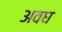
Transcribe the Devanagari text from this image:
अवघ